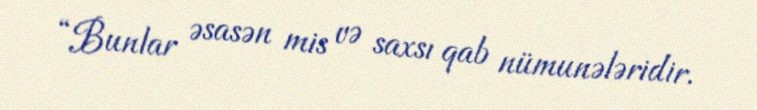
“Bunlar əsasən mis və saxsı qab nümunələridir.